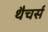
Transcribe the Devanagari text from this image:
थैचर्स